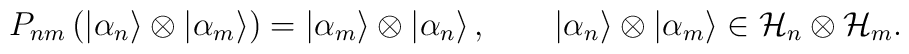
P_{nm}\left( \left| \alpha _{n}\right\rangle \otimes \left| \alpha _{m}\right\rangle \right) =\left| \alpha _{m}\right\rangle \otimes \left| \alpha _{n}\right\rangle ,\qquad \left| \alpha _{n}\right\rangle \otimes \left| \alpha _{m}\right\rangle \in {\cal H}_{n}\otimes {\cal H}_{m}.